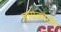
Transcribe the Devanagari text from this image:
मायक्रोग्रॅम